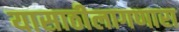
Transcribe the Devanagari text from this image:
यासाठीलागणारा